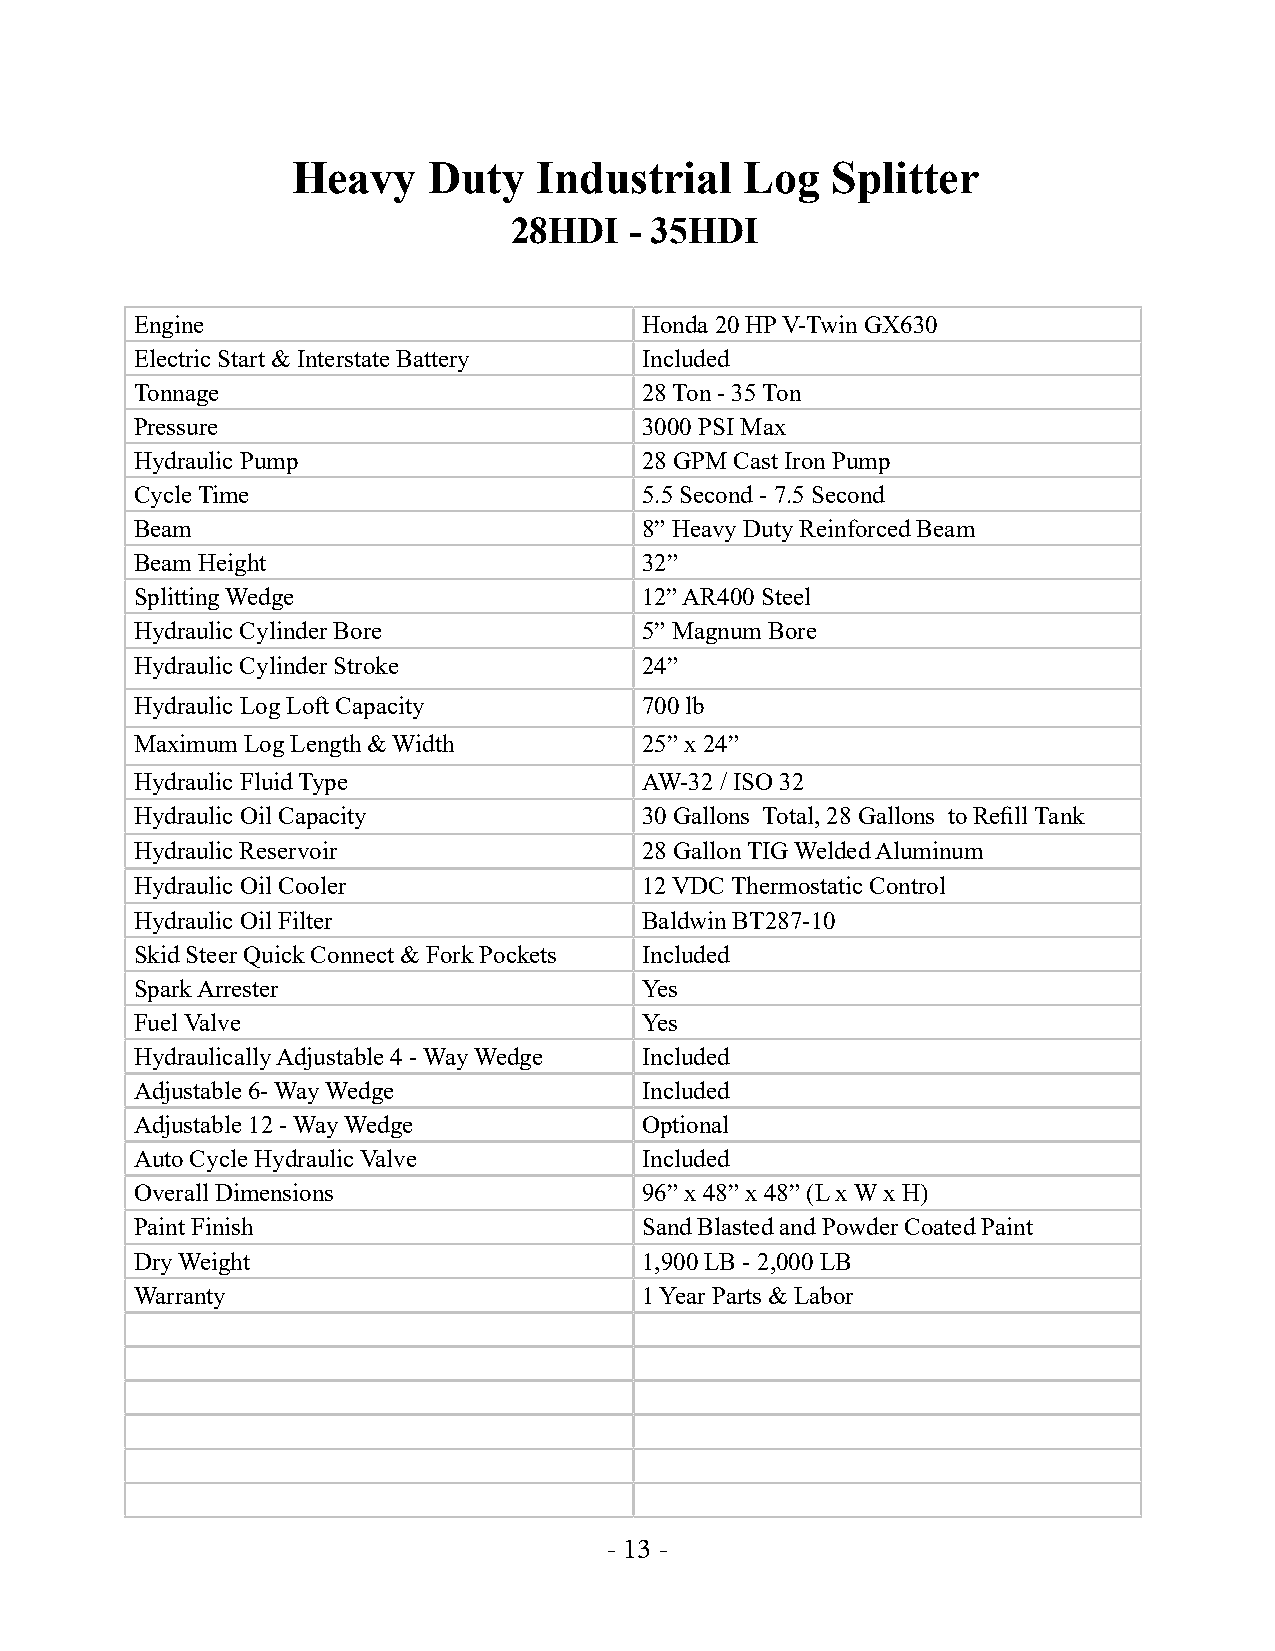
Heavy    Duty   Industrial    Log   Splitter
 28HDI   - 35HDI
 Engine                           Honda 20 HP V-Twin GX630
 Electric Start & Interstate Battery Included
 Tonnage                          28 Ton - 35 Ton
 Pressure                         3000 PSI Max
 Hydraulic Pump                   28 GPM Cast Iron Pump
 Cycle Time                       5.5 Second - 7.5 Second
 Beam                             8” Heavy Duty Reinforced Beam
 Beam Height                      32”
 Splitting Wedge                  12” AR400 Steel
 Hydraulic Cylinder Bore          5” Magnum Bore
 Hydraulic Cylinder Stroke        24”
 Hydraulic Log Loft Capacity      700 lb
 Maximum Log Length & Width       25” x 24”
 Hydraulic Fluid Type             AW-32 / ISO 32
 Hydraulic Oil Capacity           30 Gallons Total, 28 Gallons to Refill Tank
 Hydraulic Reservoir              28 Gallon TIG Welded Aluminum
 Hydraulic Oil Cooler             12 VDC Thermostatic Control
 Hydraulic Oil Filter             Baldwin BT287-10
 Skid Steer Quick Connect & Fork Pockets Included
 Spark Arrester                   Yes
 Fuel Valve                       Yes
 Hydraulically Adjustable 4 - Way Wedge Included
 Adjustable 6- Way Wedge          Included
 Adjustable 12 - Way Wedge        Optional
 Auto Cycle Hydraulic Valve       Included
 Overall Dimensions               96” x 48” x 48” (L x W x H)
 Paint Finish                     Sand Blasted and Powder Coated Paint
 Dry Weight                       1,900 LB - 2,000 LB
 Warranty                         1 Year Parts & Labor
 - 13 -